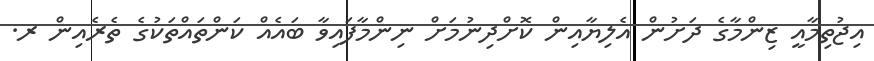
އިޖުތިމާއީ ޒިންމާގެ ދަށުން އެލިޔާއިން ކޮށްދިނުމަށް ނިންމާފައިވާ ބައެއް ކަންތައްތަކުގެ ތެރެއިން ރ.